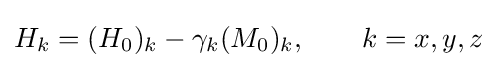
H_{k}=(H_{0})_{k}-\gamma _{k}(M_{0})_{k},\qquad k=x,y,z